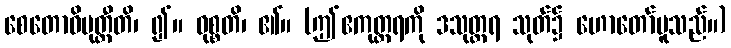
စေတောဝိမုတ္တီတိ၊ ၍။ ဝုစ္စတိ၊ ၏။ (ဤဧကုတ္တရကို ဒသုတ္တရ သုတ်၌ ဟောတော်မူသည်။)